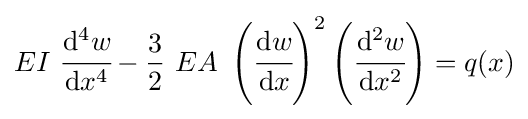
EI~{\cfrac {\mathrm {d} ^{4}w}{\mathrm {d} x^{4}}}-{\frac {3}{2}}~EA~\left({\cfrac {\mathrm {d} w}{\mathrm {d} x}}\right)^{2}\left({\cfrac {\mathrm {d} ^{2}w}{\mathrm {d} x^{2}}}\right)=q(x)